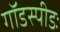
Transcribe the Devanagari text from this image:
गॉडस्पीडः